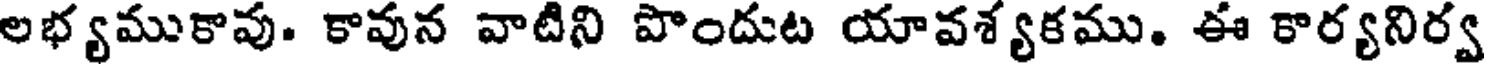
లభ్యముకావు. కావున వాటిని పొందుట యావశ్యకము. ఈ కార్యనిర్వ